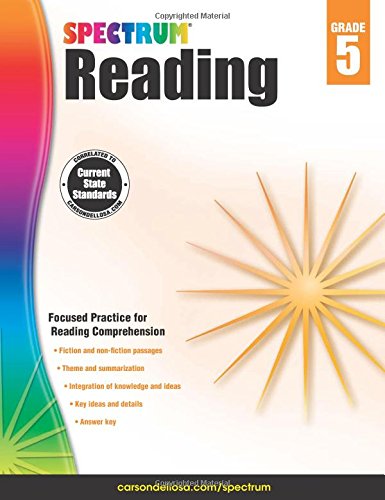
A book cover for Spectrum Reading Workbook, Grade 5; Children's Books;